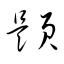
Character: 題